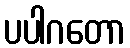
ပပါဂတော